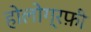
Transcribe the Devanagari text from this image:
होलोग्रफ़ी